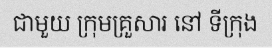
ជាមួយ ក្រុមគ្រួសារ នៅ ទីក្រុង